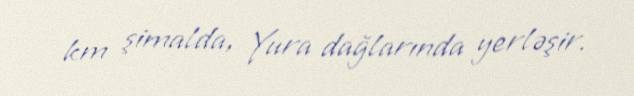
km şimalda, Yura dağlarında yerləşir.